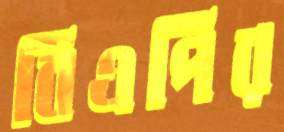
বিএপির